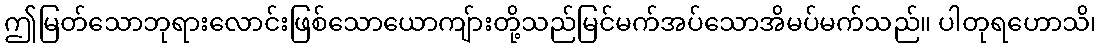
ဤမြတ်သောဘုရားလောင်းဖြစ်သောယောကျ်ားတို့သည်မြင်မက်အပ်သောအိမပ်မက်သည်။ ပါတုရဟောသိ၊